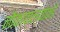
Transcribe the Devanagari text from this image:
नौकावाल्यांकडे